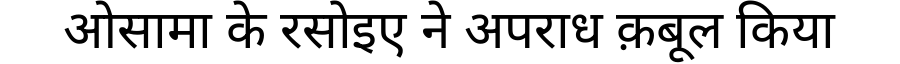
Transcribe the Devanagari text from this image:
ओसामा के रसोइए ने अपराध क़बूल किया